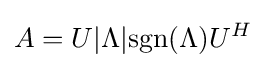
A=U|\Lambda |{\text{sgn}}(\Lambda )U^{H}